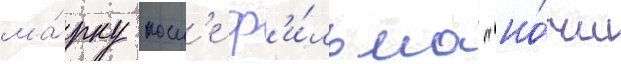
ма́рку посл'е ф'и́льма "но́чи